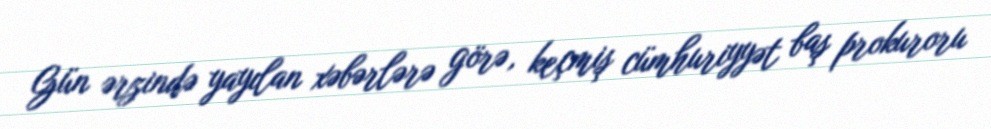
Gün ərzində yayılan xəbərlərə görə, keçmiş cümhuriyyət baş prokuroru